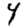
Digit: 4